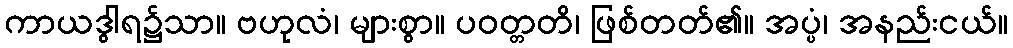
ကာယဒွါရ၌သာ။ ဗဟုလံ၊ များစွာ။ ပဝတ္တတိ၊ ဖြစ်တတ်၏။ အပ္ပံ၊ အနည်းငယ်။